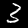
Digit: 3